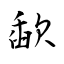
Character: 歃